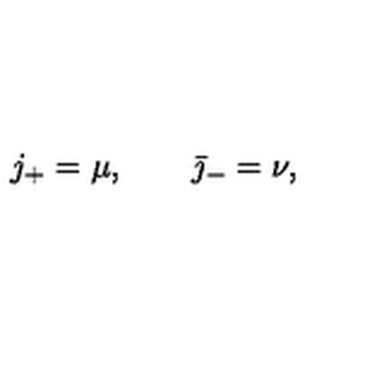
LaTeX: j _ { + } = \mu , \qquad \bar { \jmath } _ { - } = \nu ,